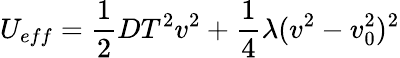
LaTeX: U_{eff}=\frac{1}{2}DT^{2}v^{2}+\frac{1}{4}\lambda(v^{2}-v_{0}^{2})^{2}